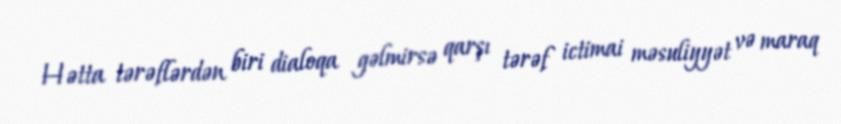
Hətta tərəflərdən biri dialoqa gəlmirsə qarşı tərəf ictimai məsuliyyət və maraq